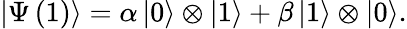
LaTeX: \left|\Psi\left(1\right)\right\rangle=\alpha\left|0\right\rangle\otimes\left|1\right\rangle+\beta\left|1\right\rangle\otimes\left|0\right\rangle.